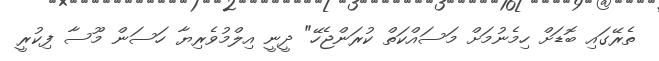
ތެރޭގައި ބޮޑަށް ހިމެނުމަށް މަސައްކަތް ކުރަންޖެހޭ" ދީނީ އިލްމުވެރިޔާ ހަސަން މޫސާ ފިކުރީ